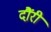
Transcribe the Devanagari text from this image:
दौंरी